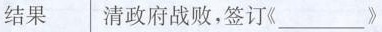
结果清政府战败，签订《___》